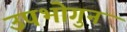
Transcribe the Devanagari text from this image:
उपभोगुन